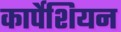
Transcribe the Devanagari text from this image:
कार्पेशियन